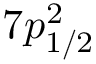
7 p _ { 1 / 2 } ^ { 2 }